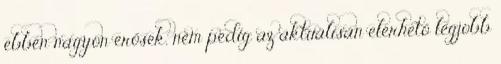
ebben nagyon erősek, nem pedig az aktuálisan elérhető legjobb